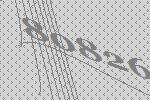
80826